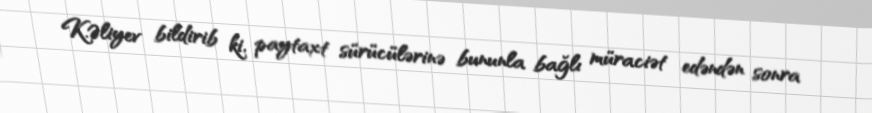
K.Əliyev bildirib ki, paytaxt sürücülərinə bununla bağlı müraciət edəndən sonra